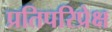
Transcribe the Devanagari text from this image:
प्रतिपरिप्रेक्ष